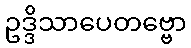
ဥဒ္ဒိသာပေတဗ္ဗော